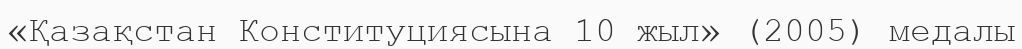
«Қазақстан Конституциясына 10 жыл» (2005) медалы